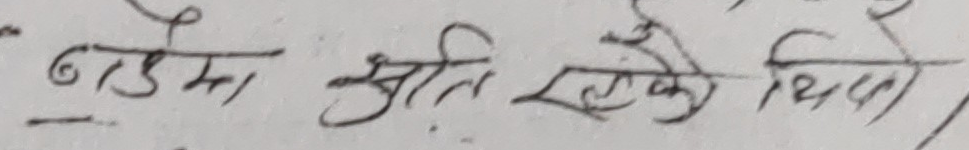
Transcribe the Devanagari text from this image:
ठाउँमा हुँति राखे थियो